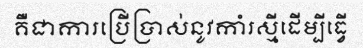
គឺជាការប្រើប្រាស់នូវកាំរស្មីដើម្បីធ្វើ